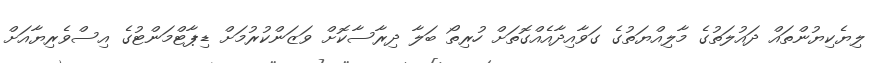
ލިޔެކިޔުންތައް ދައުލަތުގެ މާލިއްޔަތުގެ ގަވާއިދާއެއްގޮތަށް ހުރިތޯ ބަލާ ދިރާސާކޮށް ވަޒަންކުރުމަށް ޑިޕާޓްމަންޓުގެ އިސްވެރިޔާއަށް